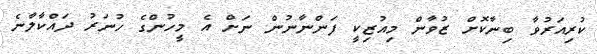
ކުރިއަރުވާ ބިނާކޮށް ޒުވާން މިއުޒިކީ ފަންނާނުން ނަށް އެ މީހުންގެ ހުނަރު ދައްކާލާނެ